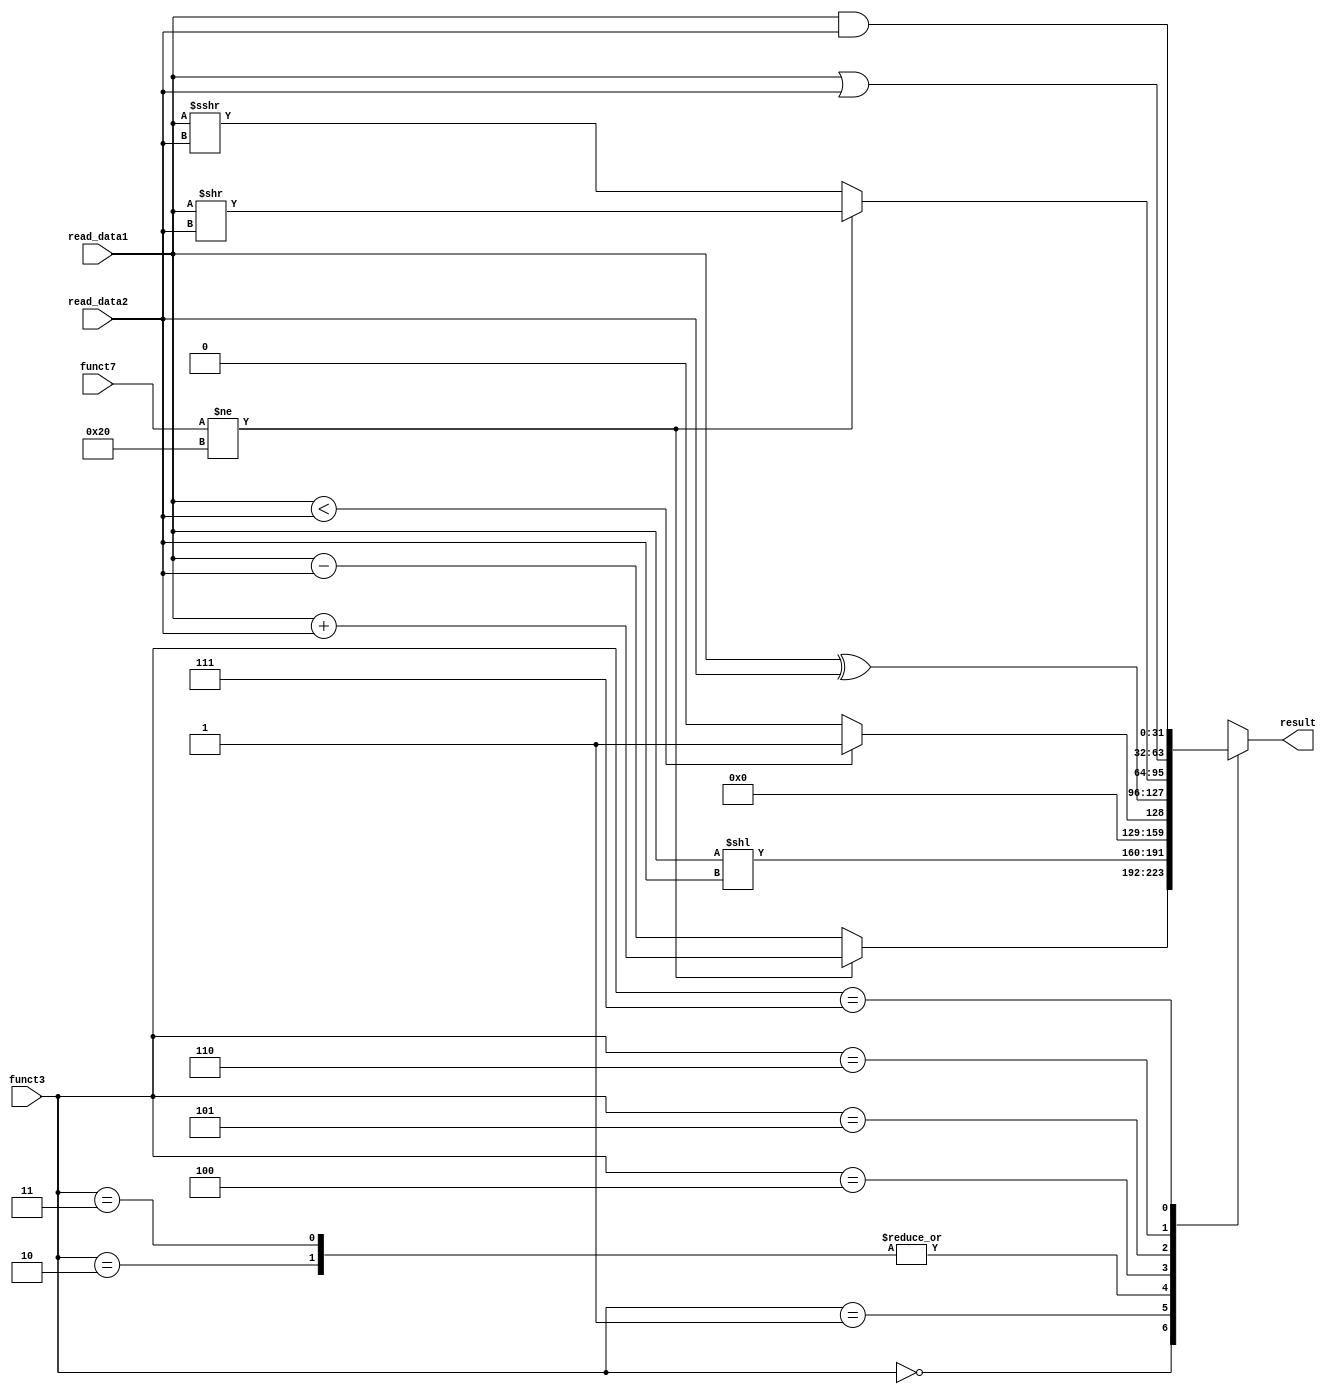
//Verilog Code for ALU

module alu(

input wire [31:0] read_data1,
input wire [31:0] read_data2,
input wire [2:0] funct3,
input wire [6:0] funct7,
output reg [31:0] result
);

always @(*) begin: ALU_Block
	case (funct3)
		3'b000 :
		begin	
			if (funct7 != 7'b0100000)
				result = read_data1 + read_data2;   //ADD
			else
				result = read_data1 - read_data2;   //SUB 
		end
		3'b001 : result = read_data1 << read_data2;  //Shift Logical Left
		3'b010 : 				     //Set Less Than		
			if (read_data1 < read_data2) begin
				result = 1;
			end
			else begin 
				result = 0;
			end
		3'b011 :				     //S.L.T.Unsigned
 			if (read_data1 < read_data2) begin
				result = 1;
			end
			else begin 
				result = 0;
			end
		3'b100 : result = (read_data1 ^ read_data2); //XOR
		3'b101 :
		begin
			if (funct7 != 7'b0100000) 	
				result = read_data1 >> read_data2;  //Shift Right Logical
			else
				result = read_data1 >>> read_data2; //Shift Right Arithmetic
		end	
		3'b110 : result = read_data1 | read_data2;  //OR
		3'b111 : result = read_data1 & read_data2;  //AND
		default: result = 'b0;
	endcase
	
end
endmodule